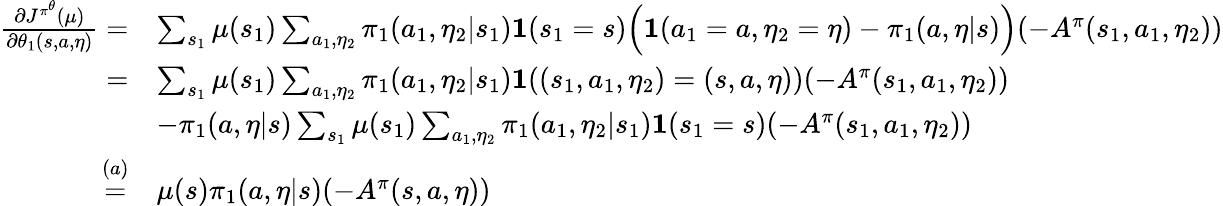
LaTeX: \begin{array}{rl}{\frac{\partial J^{\pi^{\theta}}(\mu)}{\partial\theta_{1}(s,a,\eta)}=}&{\sum_{s_{1}}\mu(s_{1})\sum_{a_{1},\eta_{2}}\pi_{1}(a_{1},\eta_{2}|s_{1})\textbf{1}(s_{1}=s)\Big(\textbf{1}(a_{1}=a,\eta_{2}=\eta)-\pi_{1}(a,\eta|s)\Big)(-A^{\pi}(s_{1},a_{1},\eta_{2}))}\\ {=}&{\sum_{s_{1}}\mu(s_{1})\sum_{a_{1},\eta_{2}}\pi_{1}(a_{1},\eta_{2}|s_{1})\textbf{1}((s_{1},a_{1},\eta_{2})=(s,a,\eta))(-A^{\pi}(s_{1},a_{1},\eta_{2}))}\\ &{-\pi_{1}(a,\eta|s)\sum_{s_{1}}\mu(s_{1})\sum_{a_{1},\eta_{2}}\pi_{1}(a_{1},\eta_{2}|s_{1})\textbf{1}(s_{1}=s)(-A^{\pi}(s_{1},a_{1},\eta_{2}))}\\ {\overset{(a)}{=}}&{\mu(s)\pi_{1}(a,\eta|s)(-A^{\pi}(s,a,\eta))}\end{array}